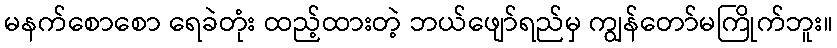
မနက်စောစော ရေခဲတုံး ထည့်ထားတဲ့ ဘယ်ဖျော်ရည်မှ ကျွန်တော်မကြိုက်ဘူး။